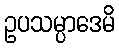
ဥပသမ္ပာဒေမိ